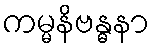
ကမ္မနိဗန္ဓနာ